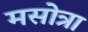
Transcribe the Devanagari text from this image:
मसोत्रा